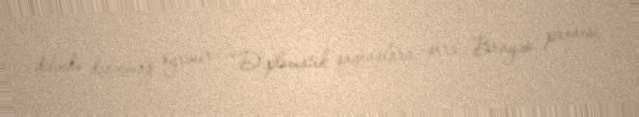
dilində danışmağı öyrənir: “Diplomatik qaynaqlara görə Brayza prosesi